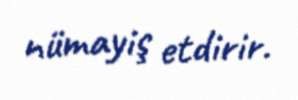
nümayiş etdirir.